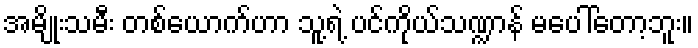
အမျိုးသမီး တစ်ယောက်ဟာ သူ့ရဲ့ ပင်ကိုယ်သဏ္ဍာန် မပေါ်တော့ဘူး။